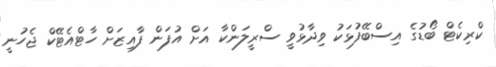
ކްރިކެޓް ބޯޑުގެ އިސްބޭފުޅަކު ވިދާޅުވީ ސްރީލަންކާ އަށް އުފަން ފާއިޒަށް ހާޓްއެޓޭކް ޖެހުނީ